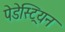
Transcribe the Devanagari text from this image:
पेडेस्ट्रियन